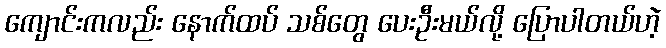
ကျောင်းကလည်း နောက်ထပ် သစ်တွေ ပေးဦးမယ်လို့ ပြောပါတယ်ဟဲ့